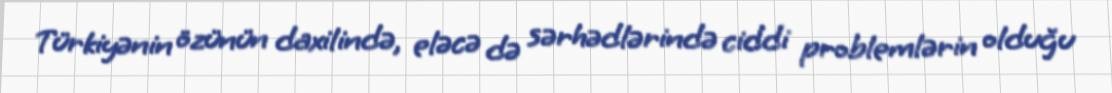
Türkiyənin özünün daxilində, eləcə də sərhədlərində ciddi problemlərin olduğu